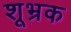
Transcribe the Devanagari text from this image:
शूभ्रक